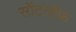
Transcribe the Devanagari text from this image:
सॉटलॉफ